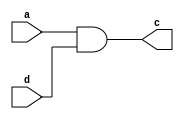
`timescale 1ns / 1ps
//////////////////////////////////////////////////////////////////////////////////
// Company: 
// Engineer: 
// 
// Design Name: 
// Module Name: yu
// Project Name: 
// Target Devices: 
// Tool Versions: 
// Description: 
// 
// Dependencies: 
// 
// Revision:
// Revision 0.01 - File Created
// Additional Comments:
// 
//////////////////////////////////////////////////////////////////////////////////


module yu(
    input a,
    input d,
    output c
    );
    assign c=a&d;
endmodule